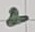
Text: 2